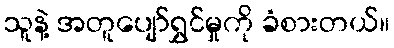
သူနဲ့ အတူပျော်ရွှင်မှုကို ခံစားတယ်။